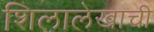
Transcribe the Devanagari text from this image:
शिलालेखाची